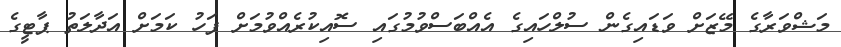
މަޝްވަރާގެ މޭޒަށް ވަޑައިގެން ސުލްހައިގެ އެއްބަސްވުމުގައި ސޮއިކުރެއްވުމަށް ފަހު ކަމަށް އަދާލަތު ޕާޓީގެ